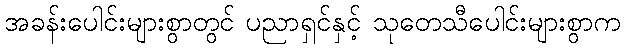
အခန်းပေါင်းများစွာတွင် ပညာရှင်နှင့် သုတေသီပေါင်းများစွာက